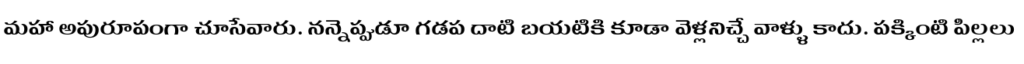
మహా అపురూపంగా చూసేవారు. నన్నెప్పుడూ గడప దాటి బయటికి కూడా వెళ్లనిచ్చే వాళ్ళు కాదు. పక్కింటి పిల్లలు